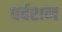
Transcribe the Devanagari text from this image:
पर्दशन